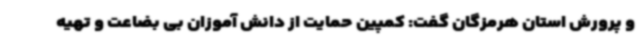
و پرورش استان هرمزگان گفت: کمپین حمایت از دانش آموزان بی بضاعت و تهیه